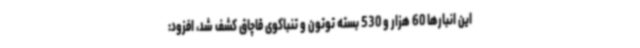
این انبارها 60 هزار و 530 بسته توتون و تنباکوی قاچاق کشف شد، افزود: